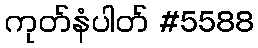
ကုတ်နံပါတ် #5588